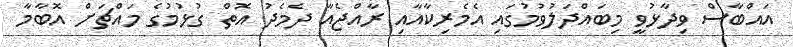
އައްބާސް ވިދާޅުވީ މިބައްދަލުވުމުގައި އެމެރިކާއާއި ރާއްޖެއާ ދެމެދު އޮތް ގުޅުމުގެ މައްޗަށް އޮބާމާ